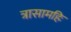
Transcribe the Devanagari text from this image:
त्रासामहिः